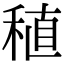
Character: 稙